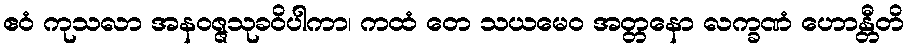
ဧဝံ ကုသလာ အနဝဇ္ဇသုခဝိပါကာ၊ ကထံ တေ သယမေဝ အတ္တနော လက္ခဏံ ဟောန္တီတိ